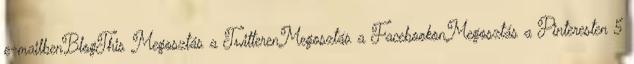
e-mailbenBlogThis Megosztás a TwitterenMegosztás a FacebookonMegosztás a Pinteresten 5